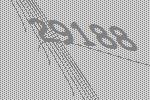
29188